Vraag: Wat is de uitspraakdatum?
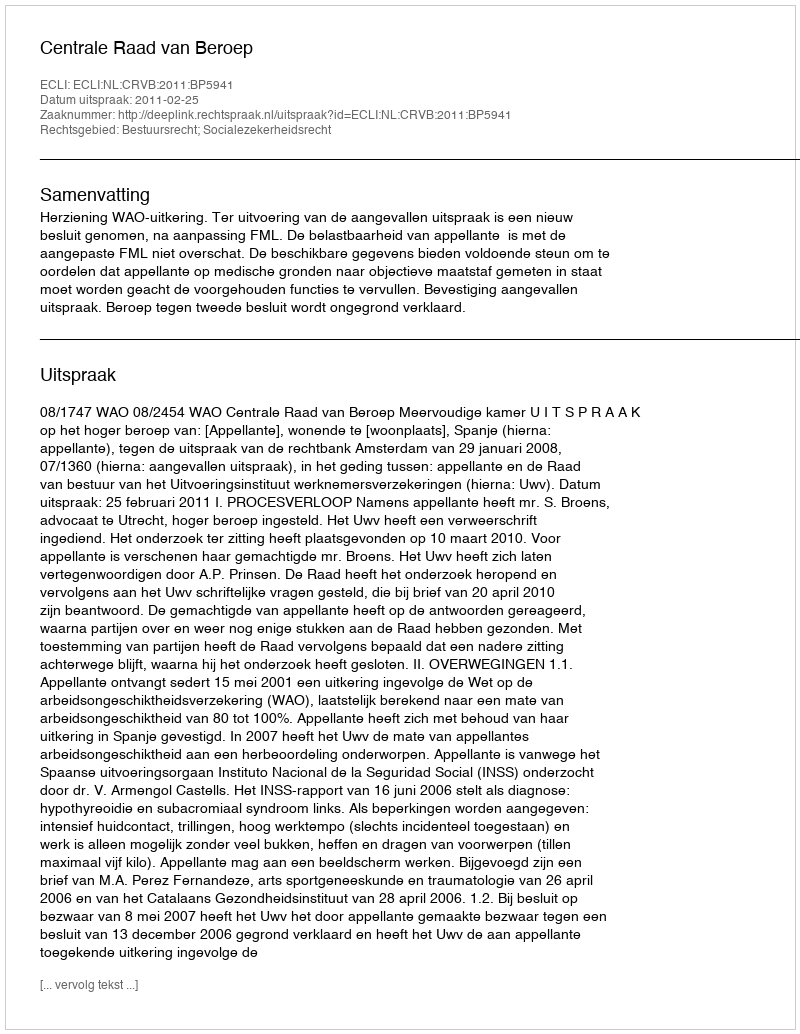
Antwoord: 2011-02-25